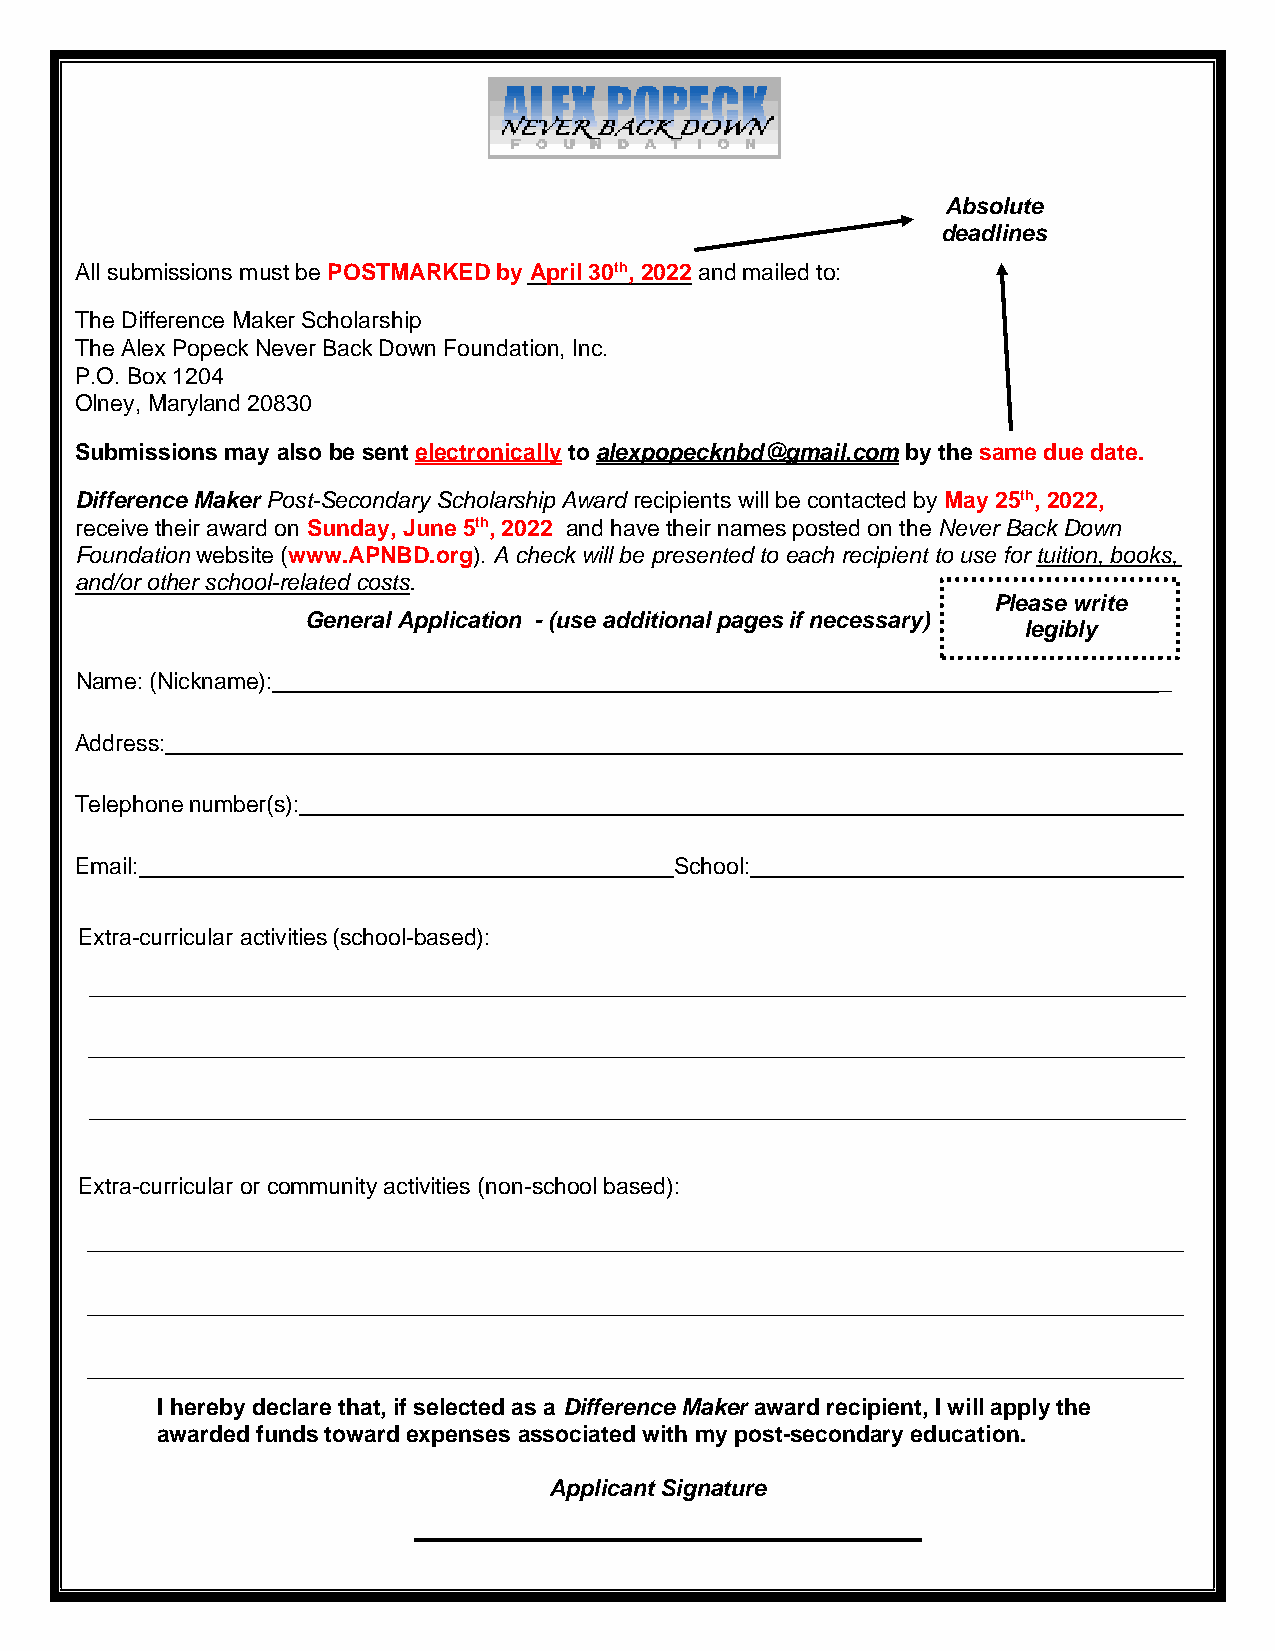
Absolute
 deadlines
 All submissions must be POSTMARKED by April 30th, 2022 and mailed to:
 The Difference Maker Scholarship
 The Alex Popeck Never Back Down Foundation, Inc.
 P.O. Box 1204
 Olney, Maryland 20830
 Submissions may also be sent electronically to alexpopecknbd@gmail.com by the same due date.
 Difference Maker Post-Secondary Scholarship Award recipients will be contacted by May 25th, 2022,
 receive their award on Sunday, June 5th, 2022 and have their names posted on the Never Back Down
 Foundation website (www.APNBD.org). A check will be presented to each recipient to use for tuition, books,
 and/or other school-related costs.
 Please write
 General Application - (use additional pages if necessary)
 legibly
 Name: (Nickname):                                                       _
 Address:
 Telephone number(s):
 Email:                                  School:                          _
 Extra-curricular activities (school-based):
 ______________________________________________________________________________________
 ______________________________________________________________________________________
 ______________________________________________________________________________________
 Extra-curricular or community activities (non-school based):
 ______________________________________________________________________________________
 ______________________________________________________________________________________
 ______________________________________________________________________________________
 ______________________________________________________________________________________
 I hereby declare that, if selected as a Difference Maker award recipient, I will apply the
 awarded funds toward expenses associated with my post-secondary education.
 Applicant Signature